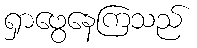
ရှာဖွေနေကြသည်